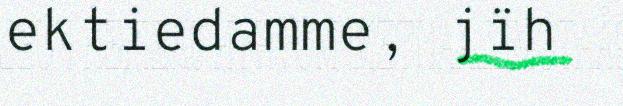
ektiedamme, jïh